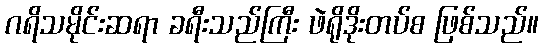
ဂရိသမိုင်းဆရာ ခရီးသည်ကြီး ဖဲရိုဒိုးတပ်စ ဖြစ်သည်။